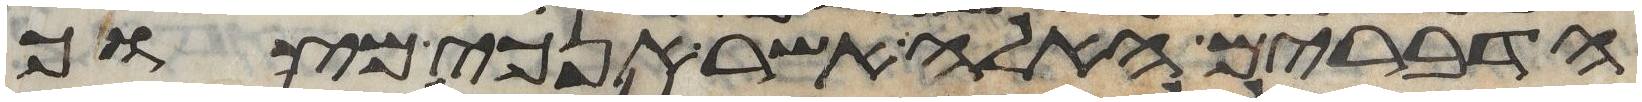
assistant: הדברים האלה אשר אנכי מצוך